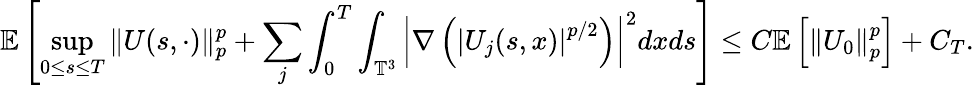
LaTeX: \mathbb{E}\left[\operatorname*{sup}_{0\leq s\leq T}\| U(s,\cdot)\| _{p}^{p}+\sum_{j}\int_{0}^{T}\int_{\mathbb{T}^{3}}\left|\nabla\left(\left|U_{j}(s,x)\right|^{p/2}\right)\right|^{2}dxds\right]\leq C\mathbb{E}\left[\left\| U_{0}\right\| _{p}^{p}\right]+C_{T}.